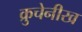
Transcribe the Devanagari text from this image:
क्रुचेनीख